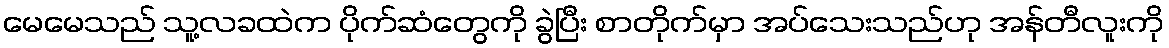
မေမေသည် သူ့လခထဲက ပိုက်ဆံတွေကို ခွဲပြီး စာတိုက်မှာ အပ်သေးသည်ဟု အန်တီလူးကို